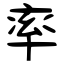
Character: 率